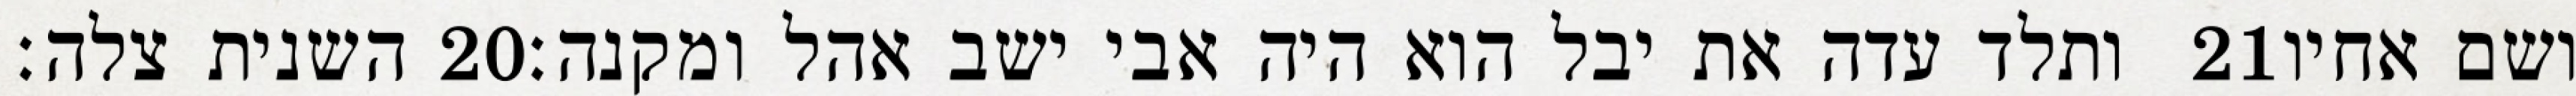
השנית צלה׃ ‎20‏ ותלד עדה את יבל הוא היה אבי ישב אהל ומקנה׃ ‎21‏ ושם אחיו